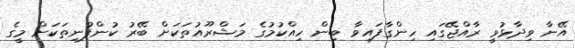
އޭނާ ވިދާޅުވީ ރާއްޖޭގައި ހިންގާފައިވާ ބިން ހިއްކުމުގެ މަޝްރޫއުތަކަށް ބޭރު ކުންފުނިތަކަށް މީގެ